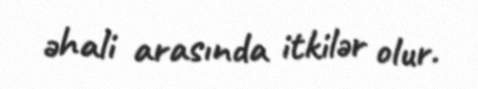
əhali arasında itkilər olur.